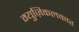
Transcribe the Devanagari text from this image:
म्युज़िकलकार